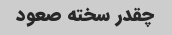
چقدر سخته صعود